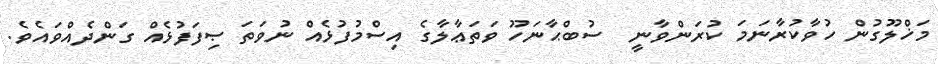
މަޚްލޫގުން ހުވާކުރާނަމަ ކުރަންވާނީ  ސުބްޙާނަހޫ ވަތަޢާލާގެ އިސްމުފުޅެއް ނުވަތަ ޞިފަފުޅެއް ގަންދެއްވައެވެ.